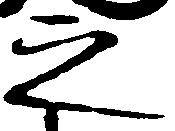
之